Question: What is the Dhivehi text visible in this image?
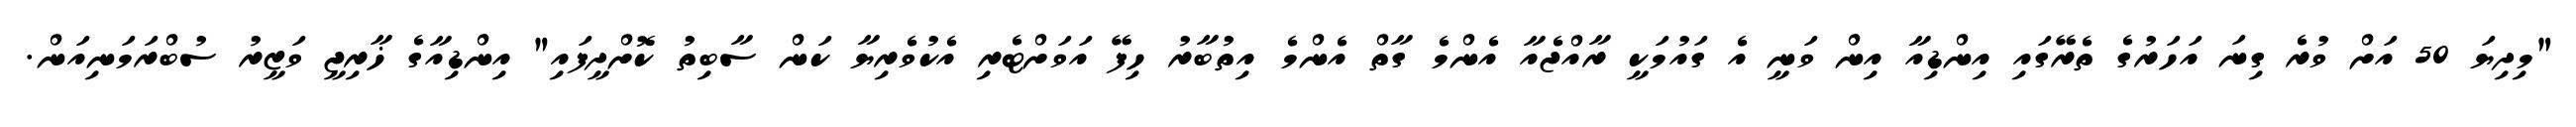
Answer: "މިދިޔަ 50 އަށް ވުރެ ގިނަ އަހަރުގެ ތެރޭގައި އިންޑިއާ އިން ވަނީ އެ ގައުމަކީ ރާއްޖެއާ އެންމެ ގާތް އެންމެ އިތުބާރު ހިފޭ އަވަށްޓެރި އެކުވެރިޔާ ކަން ސާބިތު ކޮށްދީފައި" އިންޑިއާގެ ޚާރިޖީ ވަޒީރު ސުބްރަމަނިއަން.